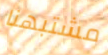
مشتبهنا